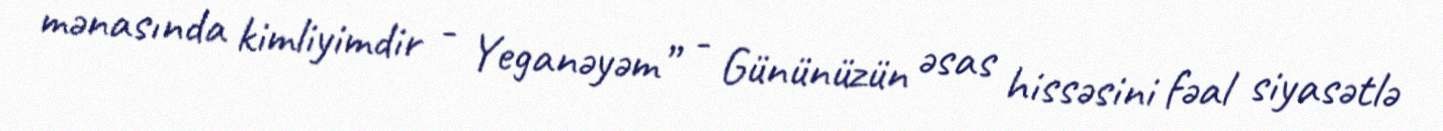
mənasında kimliyimdir - Yeganəyəm” - Gününüzün əsas hissəsini fəal siyasətlə